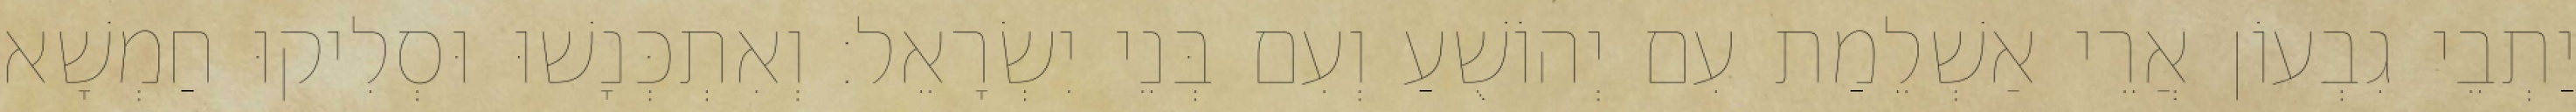
יַתְבֵי גִבְעוֹן אֲרֵי אַשְׁלֵמַת עִם יְהוֹשֻׁעַ וְעִם בְּנֵי יִשְׂרָאֵל׃ וְאִתְכְּנָשׁוּ וּסְלִיקוּ חַמְשָׁא